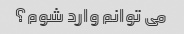
می توانم وارد شوم؟